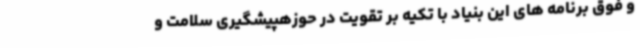
و فوق برنامه های این بنیاد با تکیه بر تقویت در حوزهپیشگیری سلامت و